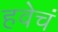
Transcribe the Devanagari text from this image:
हवेचं